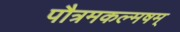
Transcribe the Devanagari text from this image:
पौत्रमकल्मषम्